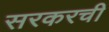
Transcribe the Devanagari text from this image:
सरकरची